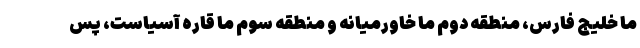
ما خلیج فارس، منطقه دوم ما خاورمیانه و منطقه سوم ما قاره آسیاست، پس